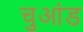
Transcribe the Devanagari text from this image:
चुआंड